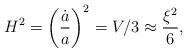
LaTeX: \begin{align*}H^2 = \left({\dot a \over a}\right)^2 = V/3 \approx {\xi^2\over 6},\end{align*}